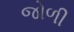
જોળી